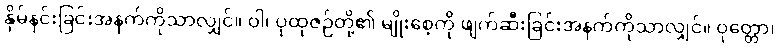
နှိမ်နင်းခြင်းအနက်ကိုသာလျှင်။ ဝါ၊ ပုထုဇဉ်တို့၏ မျိုးစေ့ကို ဖျက်ဆီးခြင်းအနက်ကိုသာလျှင်။ ဝုတ္တော၊